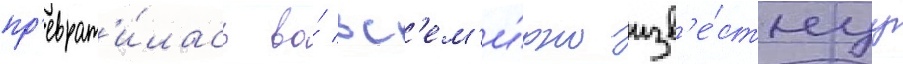
пр'еврат'и́лась во́ вс'ем'и́рно изв'е́стнуу